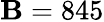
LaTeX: \mathbf{B}=845